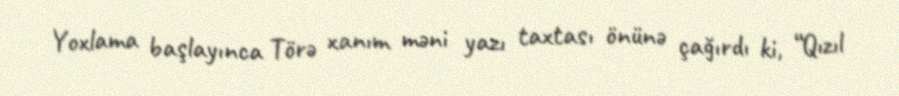
Yoxlama başlayınca Törə xanım məni yazı taxtası önünə çağırdı ki, “Qızıl